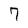
Character: 7